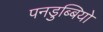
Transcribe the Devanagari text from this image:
पनडुब्बियो